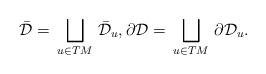
LaTeX: \begin{align*} \bar{\mathcal{D}}=\,\bigsqcup_{u\in TM}\,\bar{\mathcal{D}}_u,\partial{\mathcal{D}}=\,\bigsqcup_{u\in TM}\,\partial{\mathcal{D}}_u . \end{align*}